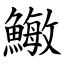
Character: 䲄